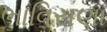
ભાવિસણા